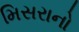
મિસરાનો